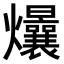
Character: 𤓢